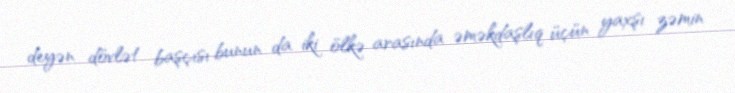
deyən dövlət başçısı bunun da iki ölkə arasında əməkdaşlıq üçün yaxşı zəmin